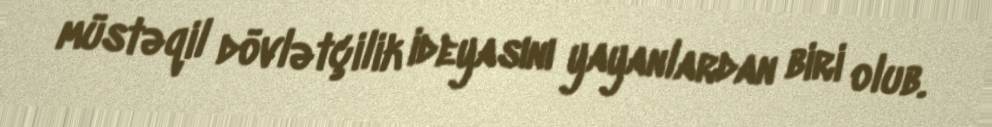
müstəqil dövlətçilik ideyasını yayanlardan biri olub.